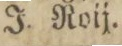
J. Roij.